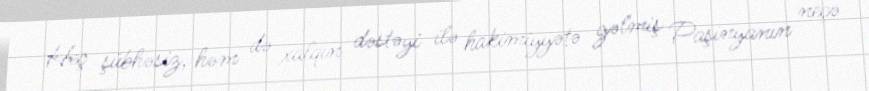
Heç şübhəsiz, həm də xalqın dəstəyi ilə hakimiyyətə gəlmiş Paşinyanın neçə